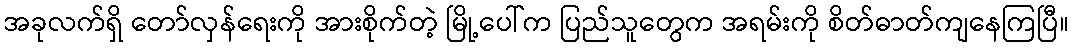
အခုလက်ရှိ တော်လှန်ရေးကို အားစိုက်တဲ့ မြို့ပေါ်က ပြည်သူတွေက အရမ်းကို စိတ်ဓာတ်ကျနေကြပြီ။